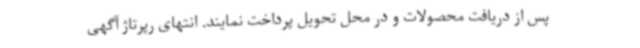
پس از دریافت محصولات و در محل تحویل پرداخت نمایند. انتهای رپرتاژ آگهی